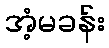
အံ့မခန်း